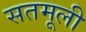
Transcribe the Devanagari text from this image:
सतमूली